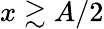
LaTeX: x\gtrsim A/2